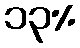
၁၃%